Indian journal of veterinary science and animal husbandry - Volumes 26-27, 1956-1957
Year: 1956
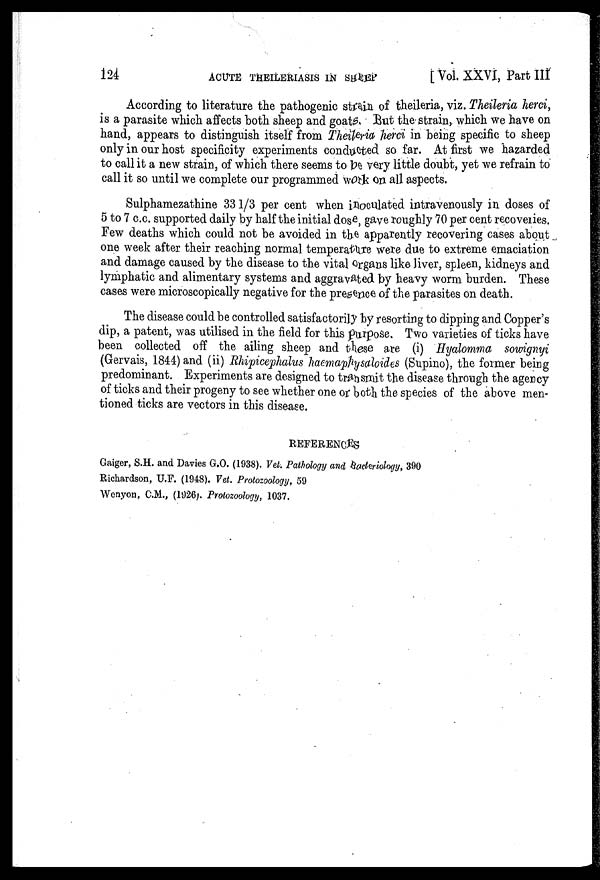
124
ACUTE
THEILERIASIS
IN
SHEEP
[ Vol. XXVI, Part III
According to literature the pathogenic strain of theileria, viz. Theileria herci,
is a parasite which affects both sheep and goats. But the strain, which we have on
hand, appears to distinguish itself from Theileria herci in being specific to sheep
only in our host specificity experiments conducted so far. At first we hazarded
to call it a new strain, of which there seems to be very little doubt, yet we refrain to
call it so until we complete our programmed work on all aspects.
Sulphamezathine 33 1/3 per cent when inoculated intravenously in doses of
5 to 7 c.c. supported daily by half the initial dose, gave roughly 70 per cent recoveries.
Few deaths which could not be avoided in the apparently recovering cases about
one week after their reaching normal temperature were due to extreme emaciation
and damage caused by the disease to the vital organs like liver, spleen, kidneys and
lymphatic and alimentary systems and aggravated by heavy worm burden. These
cases were microscopically negative for the presence of the parasites on death.
The disease could be controlled satisfactorily by resorting to dipping and Copper's
dip, a patent, was utilised in the field for this purpose. Two varieties of ticks have
been collected off the ailing sheep and these are (i) Hyalomma sowignyi
(Gervais, 1844) and (ii) Rhipicephalus haemaphysaloides (Supino), the former being
predominant. Experiments are designed to transmit the disease through the agency
of ticks and their progeny to see whether one or both the species of the above men-
tioned ticks are vectors in this disease.
REFERENCES
Gaiger, S.H. and Davies G.O. (1938). Vet. Pathology and Bacteriology, 390
Richardson, U.F. (1948). Vet. Protozoology, 59
Wenyon, C.M., (1926). Protozoology, 1037.